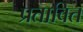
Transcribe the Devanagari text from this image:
प्रतावित